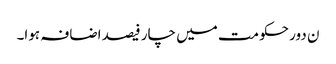
ن دور حکومت میں چار فیصد اضافہ ہوا۔